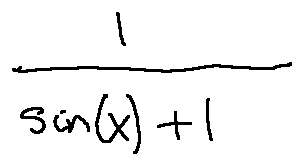
\frac { 1 } { \sin ( x ) + 1 }